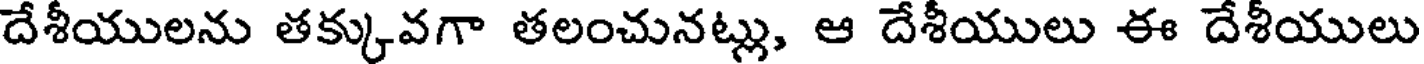
దేశీయులను తక్కువగా తలంచునట్లు, ఆ దేశీయులు ఈ దేశీయులు